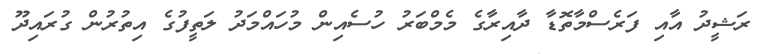
ރަޝީދު އާއި ފަރެސްމާތޮޑާ ދާއިރާގެ މެމްބަރު ހުސެއިން މުހައްމަދު ލަތީފުގެ އިތުރުން ގުރައިދޫ